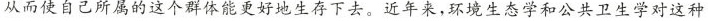
从而使自己所属的这个群体能更好地生存下去。近年来，环境生态学和公共卫生学对这种